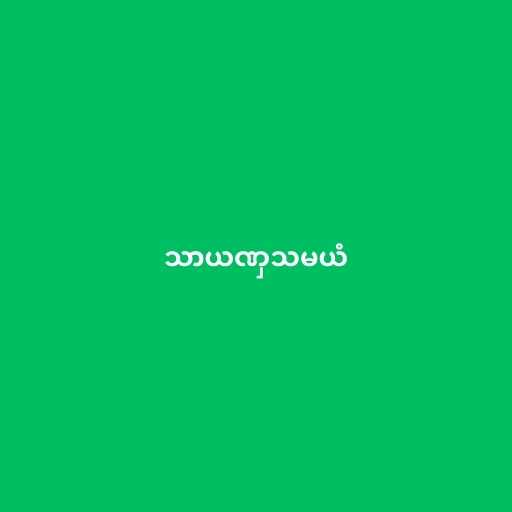
သာယဏှသမယံ